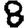
Digit: 8